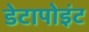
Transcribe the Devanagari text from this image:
डेटापोइंट